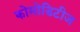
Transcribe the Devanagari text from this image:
कोमोडिटीज